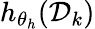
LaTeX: h_{\theta_{h}}(\mathcal{D}_{k})